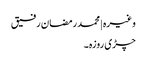
وغیرہ | محمد رمضان رفیق
چڑی روزہ ۔